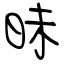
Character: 昧